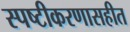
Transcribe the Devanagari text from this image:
स्पष्टीकरणासहीत